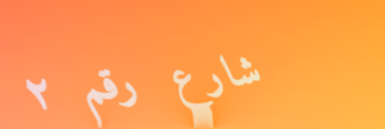
شارع رقم ٢